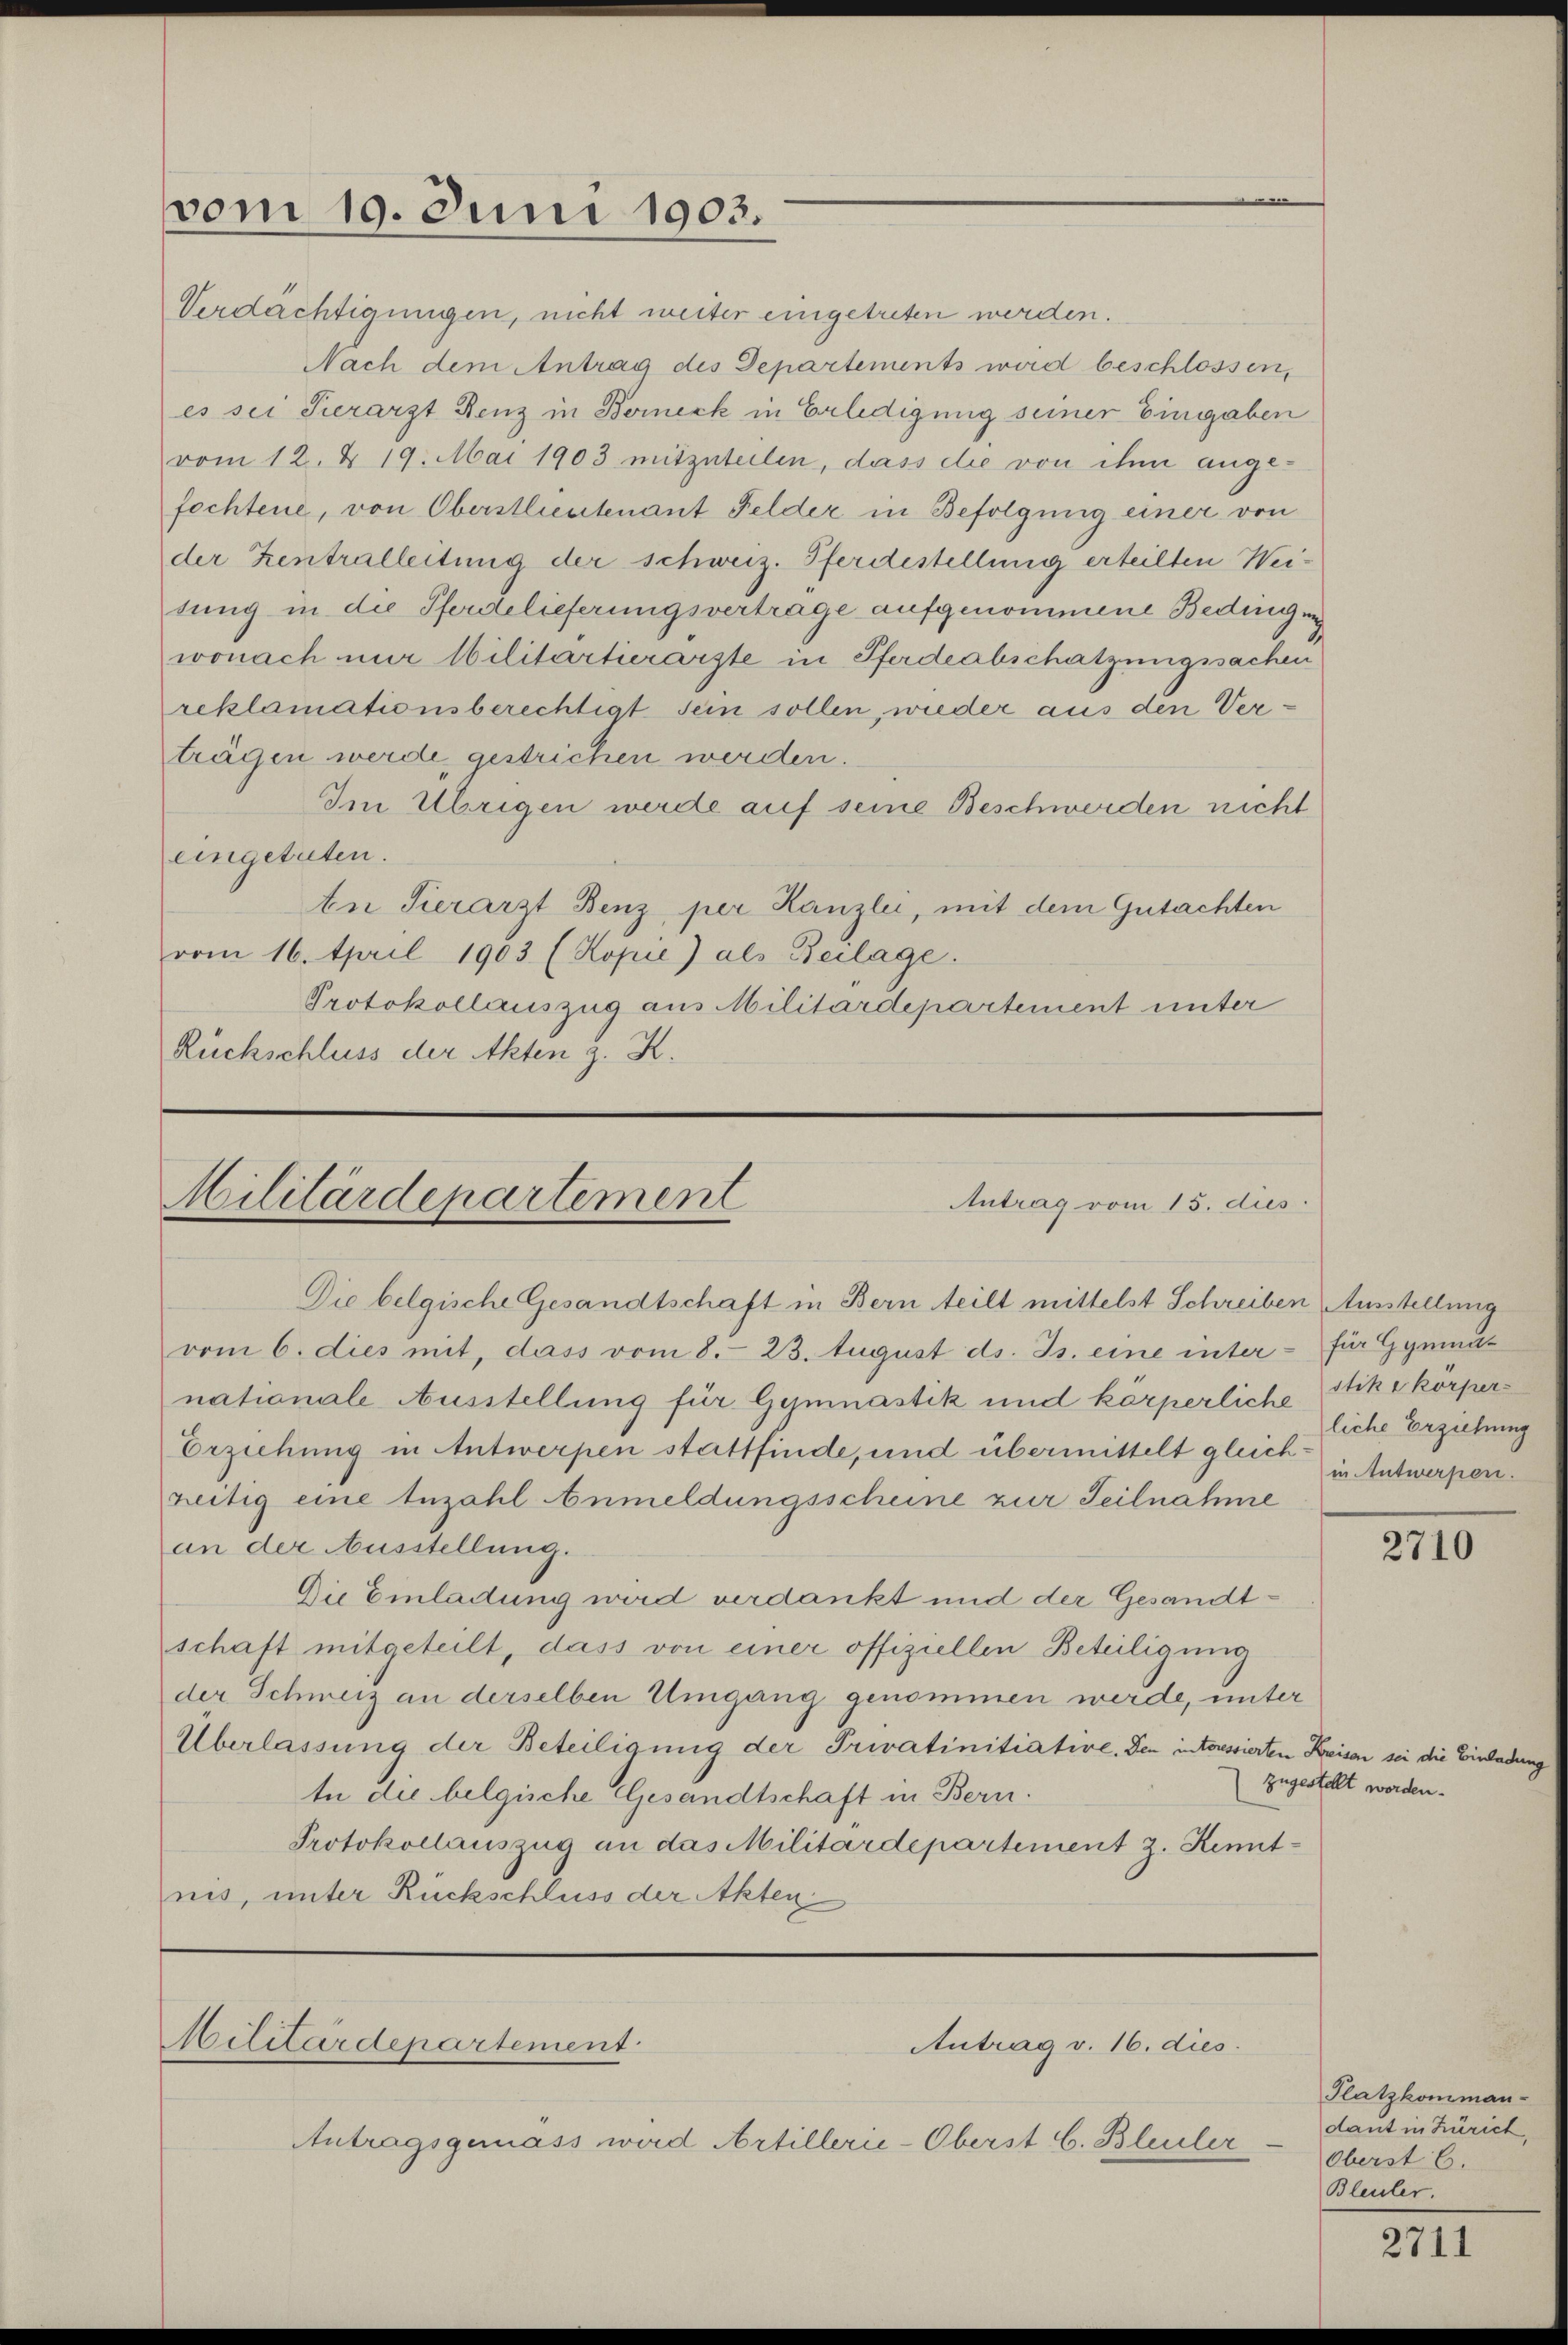
vom 19. Juni 1903.

Verdächtigungen, nicht weiter eingetreten werden.
Nach dem Antrag des Departements wird beschlossen,
es sei Serarzt Renz in Berneck in Erledigung seiner Eingaben
vom 12. d. 19. Mai 1903 mitzuteilen, dass die von ihm angefochtene, von Oberstlieutenant Felder in Befolgung einer von
der Zentralleitung der schweiz. Pferdestellung erteilten Weitung in die Pferdelieferungsvertrage aufgenommene Bedingung
wonach nur Militartierärzte in Pferdeabschatzungssachen
reklamationsberechtigt sein sollen, wieder aus den Verträgen werde, gestrichen werden.
Im Übrigen werde auf seine Beschwerden nicht
eingetreten.
An Tierarzt Benz per Kanzlei, mit dem Gutachten
vom 16. April 1903 (Kopie) als Beilage.
Protokollauszug aus Militärdepartement unter
Rückschluss der Akten z. K.

Militärdepartement
Antrag vom 15. dies

Die belgische Gesandtschaft in Bern teilt mittelst Schreiben Ausstellung
vom 6. dies mit, dass vom 8. 23. August ds. Js. eine inter - für Gymnas
nationale Ausstellung für Gymnastik und körperliche Stikskörper¬
Erziehung in Antwerpen stattfinde, und übermittelt gleichreitig eine Anzahl Anmeldungsscheine zur Teilnahme
an der Ausstellung.
Die Einladung wird verdankt und der Gesandtschaft mitgeteilt, dass von einer offiziellen Beteiligung
der Schweiz an derselben Umgang genommen werde, unter
Überlassung der Beteiligung der Privatinitiative. Den interessierten Kaiser sei die Einladung
te die belgische Gesandtschaft in Bern.
Protokollauszug an das Militärdepartement z. Kenntnis, unter Rückschluss der Akten

Militärdepartement

Antrag v. 16. dies

Antragsgemäss wird Artillerie-Oberst C. Bleuler

liche Erziehung
in Antwerpen.

2710

zugestellt worden.

2711

Platzkomman-
dant in Zürich,
Oberst 6.
Bleuler.